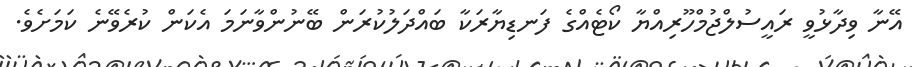
އޭނާ ވިދާޅުވީ ރައީސުލްޖުމްހޫރިއްޔާ ކޯޓެއްގެ ފަނޑިޔާރަކާ ބައްދަލުކުރަން ބޭނުންވާނަމަ އެކަން ކުރެވޭނެ ކަމަށެވެ.